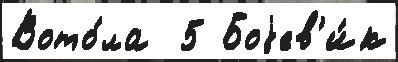
Вото́ла  5 Боjев'и́к